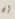
إن